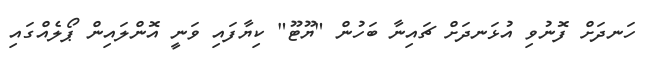
ހަނދަށް ފޮނުވި އުޅަނދަށް ޗައިނާ ބަހުން "ޔޫޓޫ" ކިޔާފައި ވަނީ އޮންލައިން ޕޯލެއްގައި